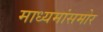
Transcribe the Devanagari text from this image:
माध्यमांसमोर